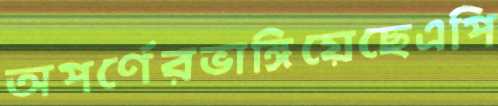
অপর্ণেরভাঙ্গিয়েছেএপি